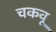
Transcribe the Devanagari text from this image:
चकवू